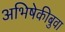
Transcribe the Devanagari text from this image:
अभिषेकीबुवा